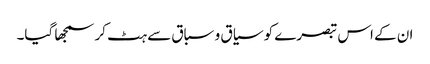
ان کے اس تبصرے کو سیاق و سباق سے ہٹ کر سمجھا گیا۔